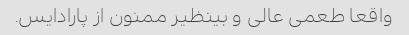
واقعا طعمی عالی و بینظیر ممنون از پارادایس.